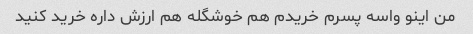
من اینو واسه پسرم خریدم هم خوشگله هم ارزش داره خرید کنید